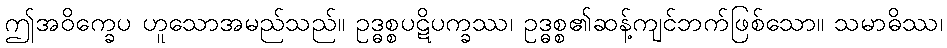
ဤအဝိက္ခေပ ဟူသောအမည်သည်။ ဥဒ္ဓစ္စပဋိပက္ခဿ၊ ဥဒ္ဓစ္စ၏ဆန့်ကျင်ဘက်ဖြစ်သော။ သမာဓိဿ၊